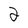
Character: 2